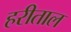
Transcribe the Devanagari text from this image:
हरीताल